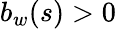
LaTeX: b_{w}(s)>0